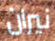
نيران